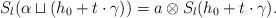
LaTeX: \begin{align*}S_{l}(\alpha\sqcup(h_{0}+t\cdot\gamma))=a\otimes S_{l}(h_{0}+t\cdot\gamma).\end{align*}